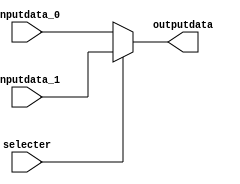
`timescale 1ns / 1ps
//////////////////////////////////////////////////////////////////////////////////
// Company: 
// Engineer: 
// 
// Design Name: 
// Module Name:    mux_5bit 
// Project Name: 
// Target Devices: 
// Tool versions: 
// Description: 
//
// Dependencies: 
//
// Revision: 
// Revision 0.01 - File Created
// Additional Comments: 
//
//////////////////////////////////////////////////////////////////////////////////
module mux_5bit(

input [4:0] inputdata_0 , 
input [4:0] inputdata_1 , 
input selecter ,

output reg [4:0] outputdata 
);

always @ (*) begin

if (selecter) begin 
outputdata <= inputdata_1;
end  

else begin 
outputdata <= inputdata_0;
end 

end 


endmodule